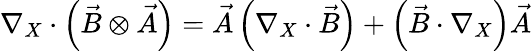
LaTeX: \nabla_{X}\cdot\left(\vec{B}\otimes\vec{A}\right)=\vec{A}\left(\nabla_{X}\cdot\vec{B}\right)+\left(\vec{B}\cdot\nabla_{X}\right)\vec{A}